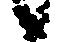
候